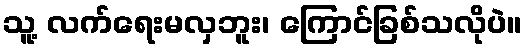
သူ့ လက်ရေးမလှဘူး၊ ကြောင်ခြစ်သလိုပဲ။